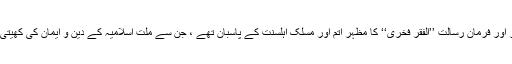
صبر و قناعت کا پیکر اور فرمان رسالت ’’الفقر فخری‘‘ کا مظہر اتم اور مسلک اہلسنت کے پاسبان تھے ، جن سے ملت اسلامیہ کے دین و ایمان کی کھیتی سرسبز و شاداب تھی۔